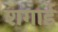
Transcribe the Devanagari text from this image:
शगाई